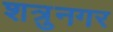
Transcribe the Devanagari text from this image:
शत्रुनगर